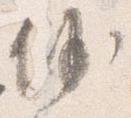
沙